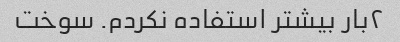
۲بار بیشتر استفاده نکردم. سوخت